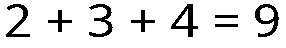
2 + 3 + 4 = 9